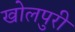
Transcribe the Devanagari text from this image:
खोलपुरी